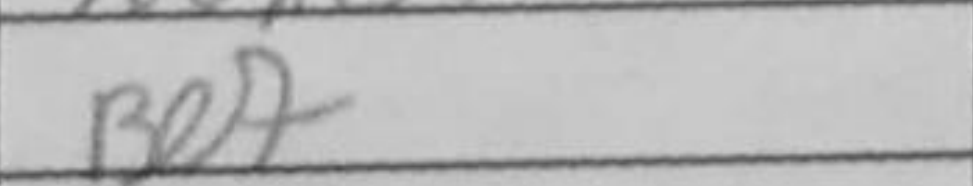
Transcription: Be7